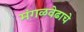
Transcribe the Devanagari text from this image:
मंगळवेढाचे